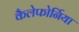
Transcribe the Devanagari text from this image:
कैलेफोर्निया